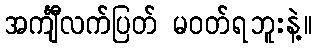
အင်္ကျီလက်ပြတ် မဝတ်ရဘူးနဲ့။